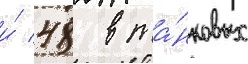
и́ 48 в та́нковых